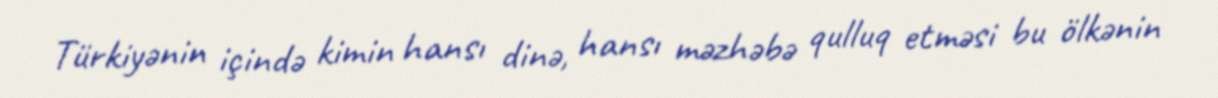
Türkiyənin içində kimin hansı dinə, hansı məzhəbə qulluq etməsi bu ölkənin